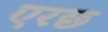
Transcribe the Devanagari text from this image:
एरछ